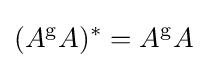
(A^{\mathrm {g} }A)^{*}=A^{\mathrm {g} }A